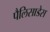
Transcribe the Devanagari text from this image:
पैलिसाडेस